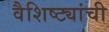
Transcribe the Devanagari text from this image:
वैशिष्ट्यांची